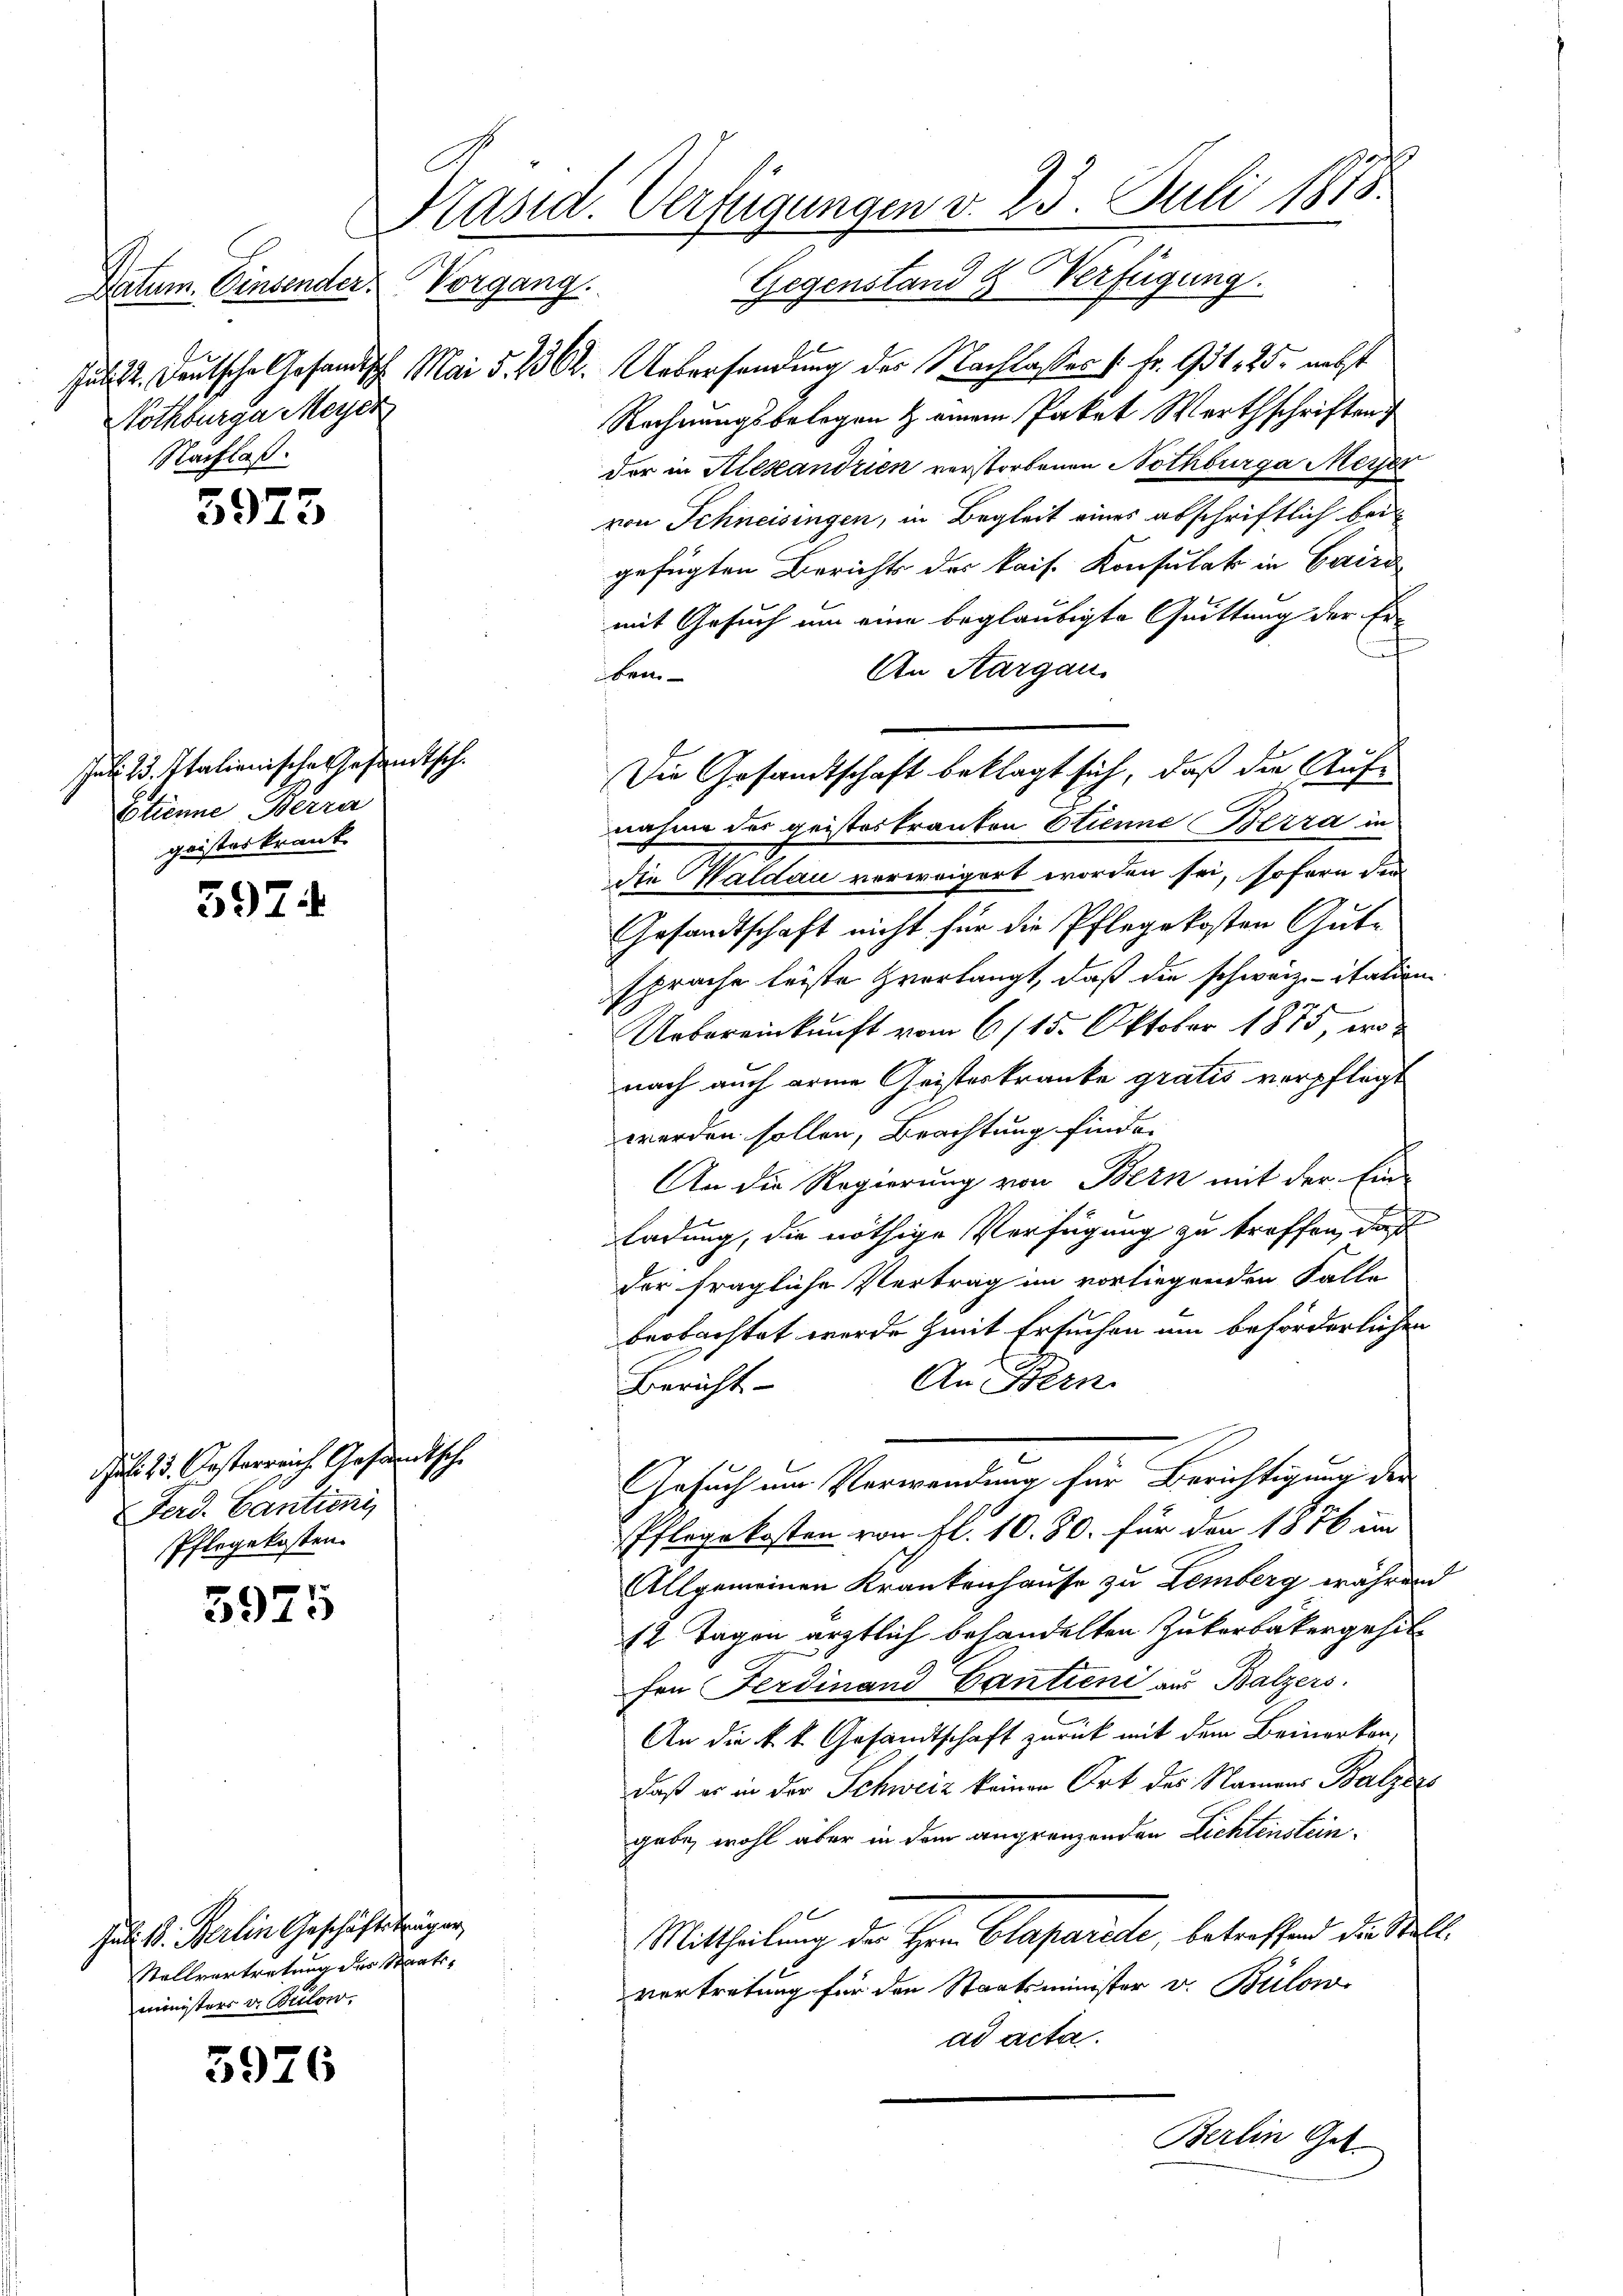
Rothburga Meyer
Nachlaß.

5975

al. Bd. Italienische Gesandtsch.
Etienne verra
geisteskrank.

3974

Juli 13. Oesterreich Gesandtsche
Ferd. Cantieni
Pflegekosten.

3975

Julitt. Berlin Geschäftsträger,
Stellvertretung der Staatsministers v. Bilow.

5926

Präsid. Verfügungen v. 23. Juli 1818.

Datum. Einsender Vorgang. Gegenstand & Verfügung
Jul. 2. Deutsche Gesandtisch. Mai d. 262. Uebersendung der Nachlaßes 1 Fr. 931. 25. nebst
Rechnungsbelegen & einem Paket Werthschriftung
der in Alexandrien verstorbenen Nothbürga Meyer
von Schneisingen, in Begleit eines abschriftlich bei
gefügten Bericht der kais. Konsulat in Caire
mit Gesuch um eine beglaubigte Quittung der Er¬
An Aargau.
bre
nahme der geisteskranken Etienne Berra in
die Waldau vorweigert worden sei, sofern die
Gesandtschaft nicht für die Pflegekosten Gute
sprache leiste verlangt, daß die schweiz. itation
Uebereinkunft vom 6. 115. Oktober 1875, wonach auch arme Geisterkranke gratis verpflegt
werden sollen, Beachtung finden
An die Regierung von Bern mit der Ein-
ladung, die nöthige Verfügung zu treffen, daß
der fragliche Vertrag im vorliegenden Falle
beobachtet werde mit Ersuchen um beförderlichen
An Bern.
Bericht
Gesuch um Verwandung für Berichtigung des
2
Pflegekosten von fl. 10. 80. für den 1876 im
Allgemeinen Krankenhause zu Lemberg während
12 Tagen ärztlich behandelten Zukerbäckergehilfen Ferdinand Cantieni aus Balzers.
An die k. k. Gesandtschaft zurück mit dem Bemerken,
daß er in der Schweiz keinen Ort des Namens Balzers
gabe, wohl aber in dem angränzenden Lichtenstein¬
90
Mittheilung der Hr. Claparide, betreffend die Stell
vertretung für den Staatsminister v. Bülow
ad acta.

Die Gesandtschaft beklagt sich, daß die Auf¬

Berlin Get